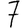
Digit: 7